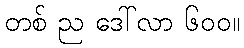
တစ် ည ဒေါ်လာ ၆၀၀။